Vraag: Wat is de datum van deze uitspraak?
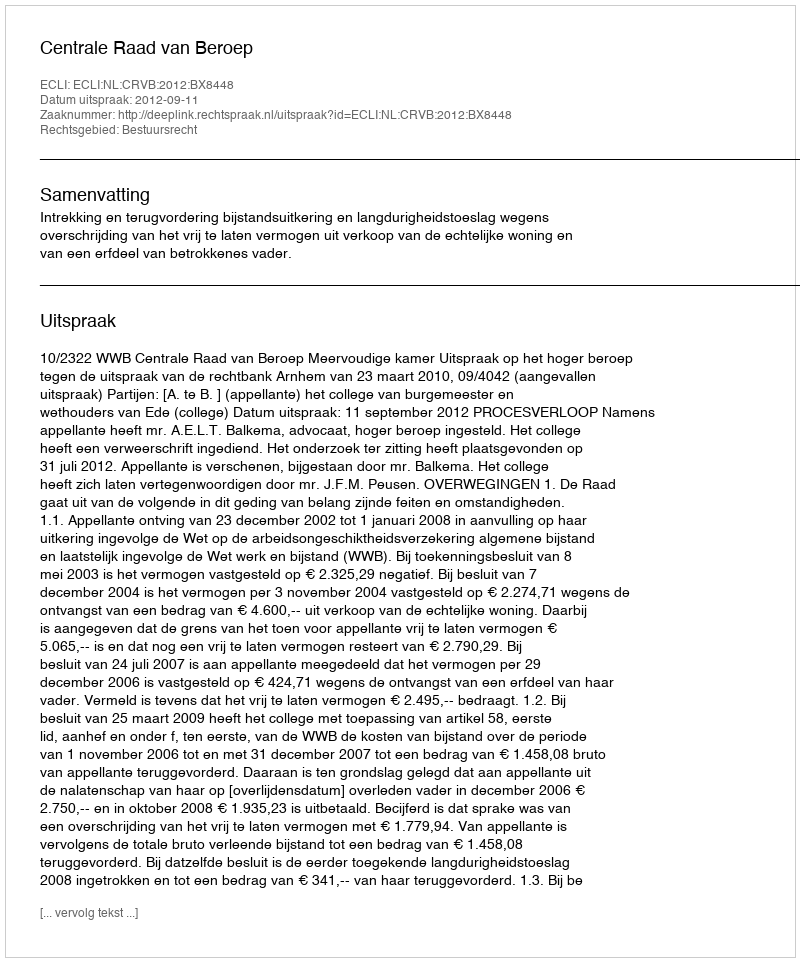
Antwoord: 2012-09-11